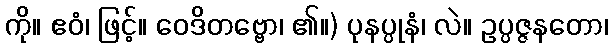
ကို။ ဧဝံ၊ ဖြင့်။ ဝေဒိတဗ္ဗော၊ ၏။) ပုနပ္ပုနံ၊ လဲ။ ဥပ္ပဇ္ဇနတော၊